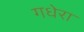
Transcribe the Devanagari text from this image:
गधेरा